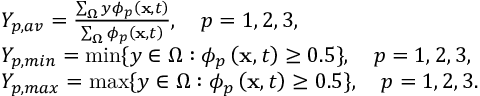
\begin{array} { r l } & { Y _ { p , a v } = \frac { \sum _ { \Omega } y \phi _ { p } \left( \mathbf { x } , t \right) } { \sum _ { \Omega } \phi _ { p } \left( \mathbf { x } , t \right) } , \quad p = 1 , 2 , 3 , } \\ & { Y _ { p , m i n } = \operatorname* { m i n } \{ y \in \Omega : \phi _ { p } \left( \mathbf { x } , t \right) \geq 0 . 5 \} , \quad p = 1 , 2 , 3 , } \\ & { Y _ { p , m a x } = \operatorname* { m a x } \{ y \in \Omega : \phi _ { p } \left( \mathbf { x } , t \right) \geq 0 . 5 \} , \quad p = 1 , 2 , 3 . } \end{array}